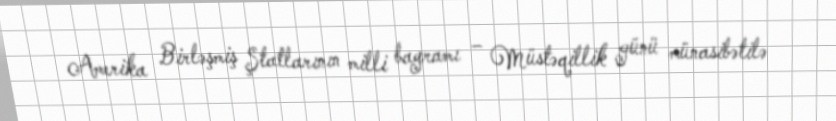
Amerika Birləşmiş Ştatlarının milli bayramı – Müstəqillik günü münasibətilə